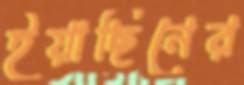
ইয়াছিনের